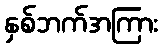
နှစ်ဘက်အကြား